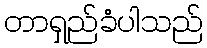
တာရှည်ခံပါသည်